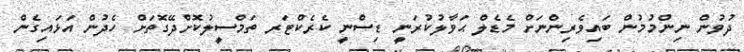
ދުވުން ނިންމުމުން ބައިވެރިންނަށް މެޑެލް ޙަވާލުކުރަނީ ޑިސްނީ ކެރެކްޓަރ ތަމްސީލުކޮށްދޭގޮތަށް ހެދުން އަޅައިގެން